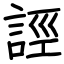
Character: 誙